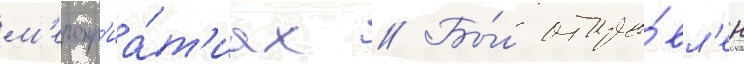
м'еропр'иа́т'иах // Бы́л отпра́вл'ен